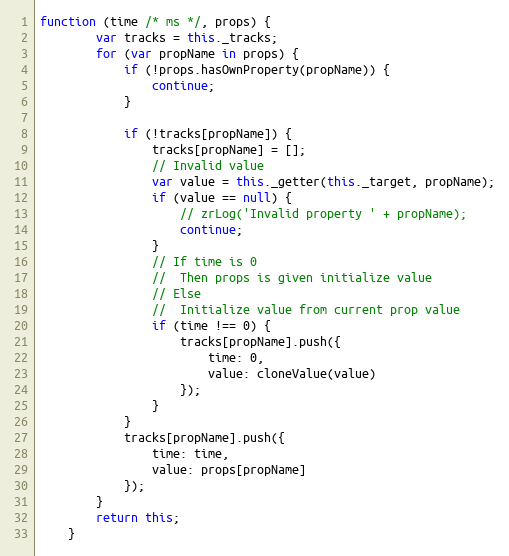
Language: JavaScript
function (time /* ms */, props) {
        var tracks = this._tracks;
        for (var propName in props) {
            if (!props.hasOwnProperty(propName)) {
                continue;
            }

            if (!tracks[propName]) {
                tracks[propName] = [];
                // Invalid value
                var value = this._getter(this._target, propName);
                if (value == null) {
                    // zrLog('Invalid property ' + propName);
                    continue;
                }
                // If time is 0
                //  Then props is given initialize value
                // Else
                //  Initialize value from current prop value
                if (time !== 0) {
                    tracks[propName].push({
                        time: 0,
                        value: cloneValue(value)
                    });
                }
            }
            tracks[propName].push({
                time: time,
                value: props[propName]
            });
        }
        return this;
    }